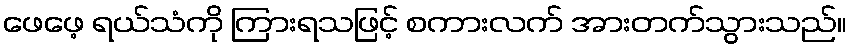
ဖေဖေ့ ရယ်သံကို ကြားရသဖြင့် စကားလက် အားတက်သွားသည်။